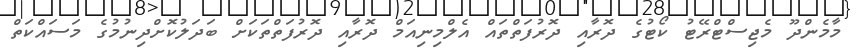
މާމެންދޫ މެޖިސްޓްރޭޓު ކޯޓުގެ ދޮރާއި ދޮރުފަތްތައް އެލްމިނިއަމް ދޮރާއި ދޮރުފަތްތަކަށް ބަދަލުކޮށްދިނުމުގެ މަސައްކަތް